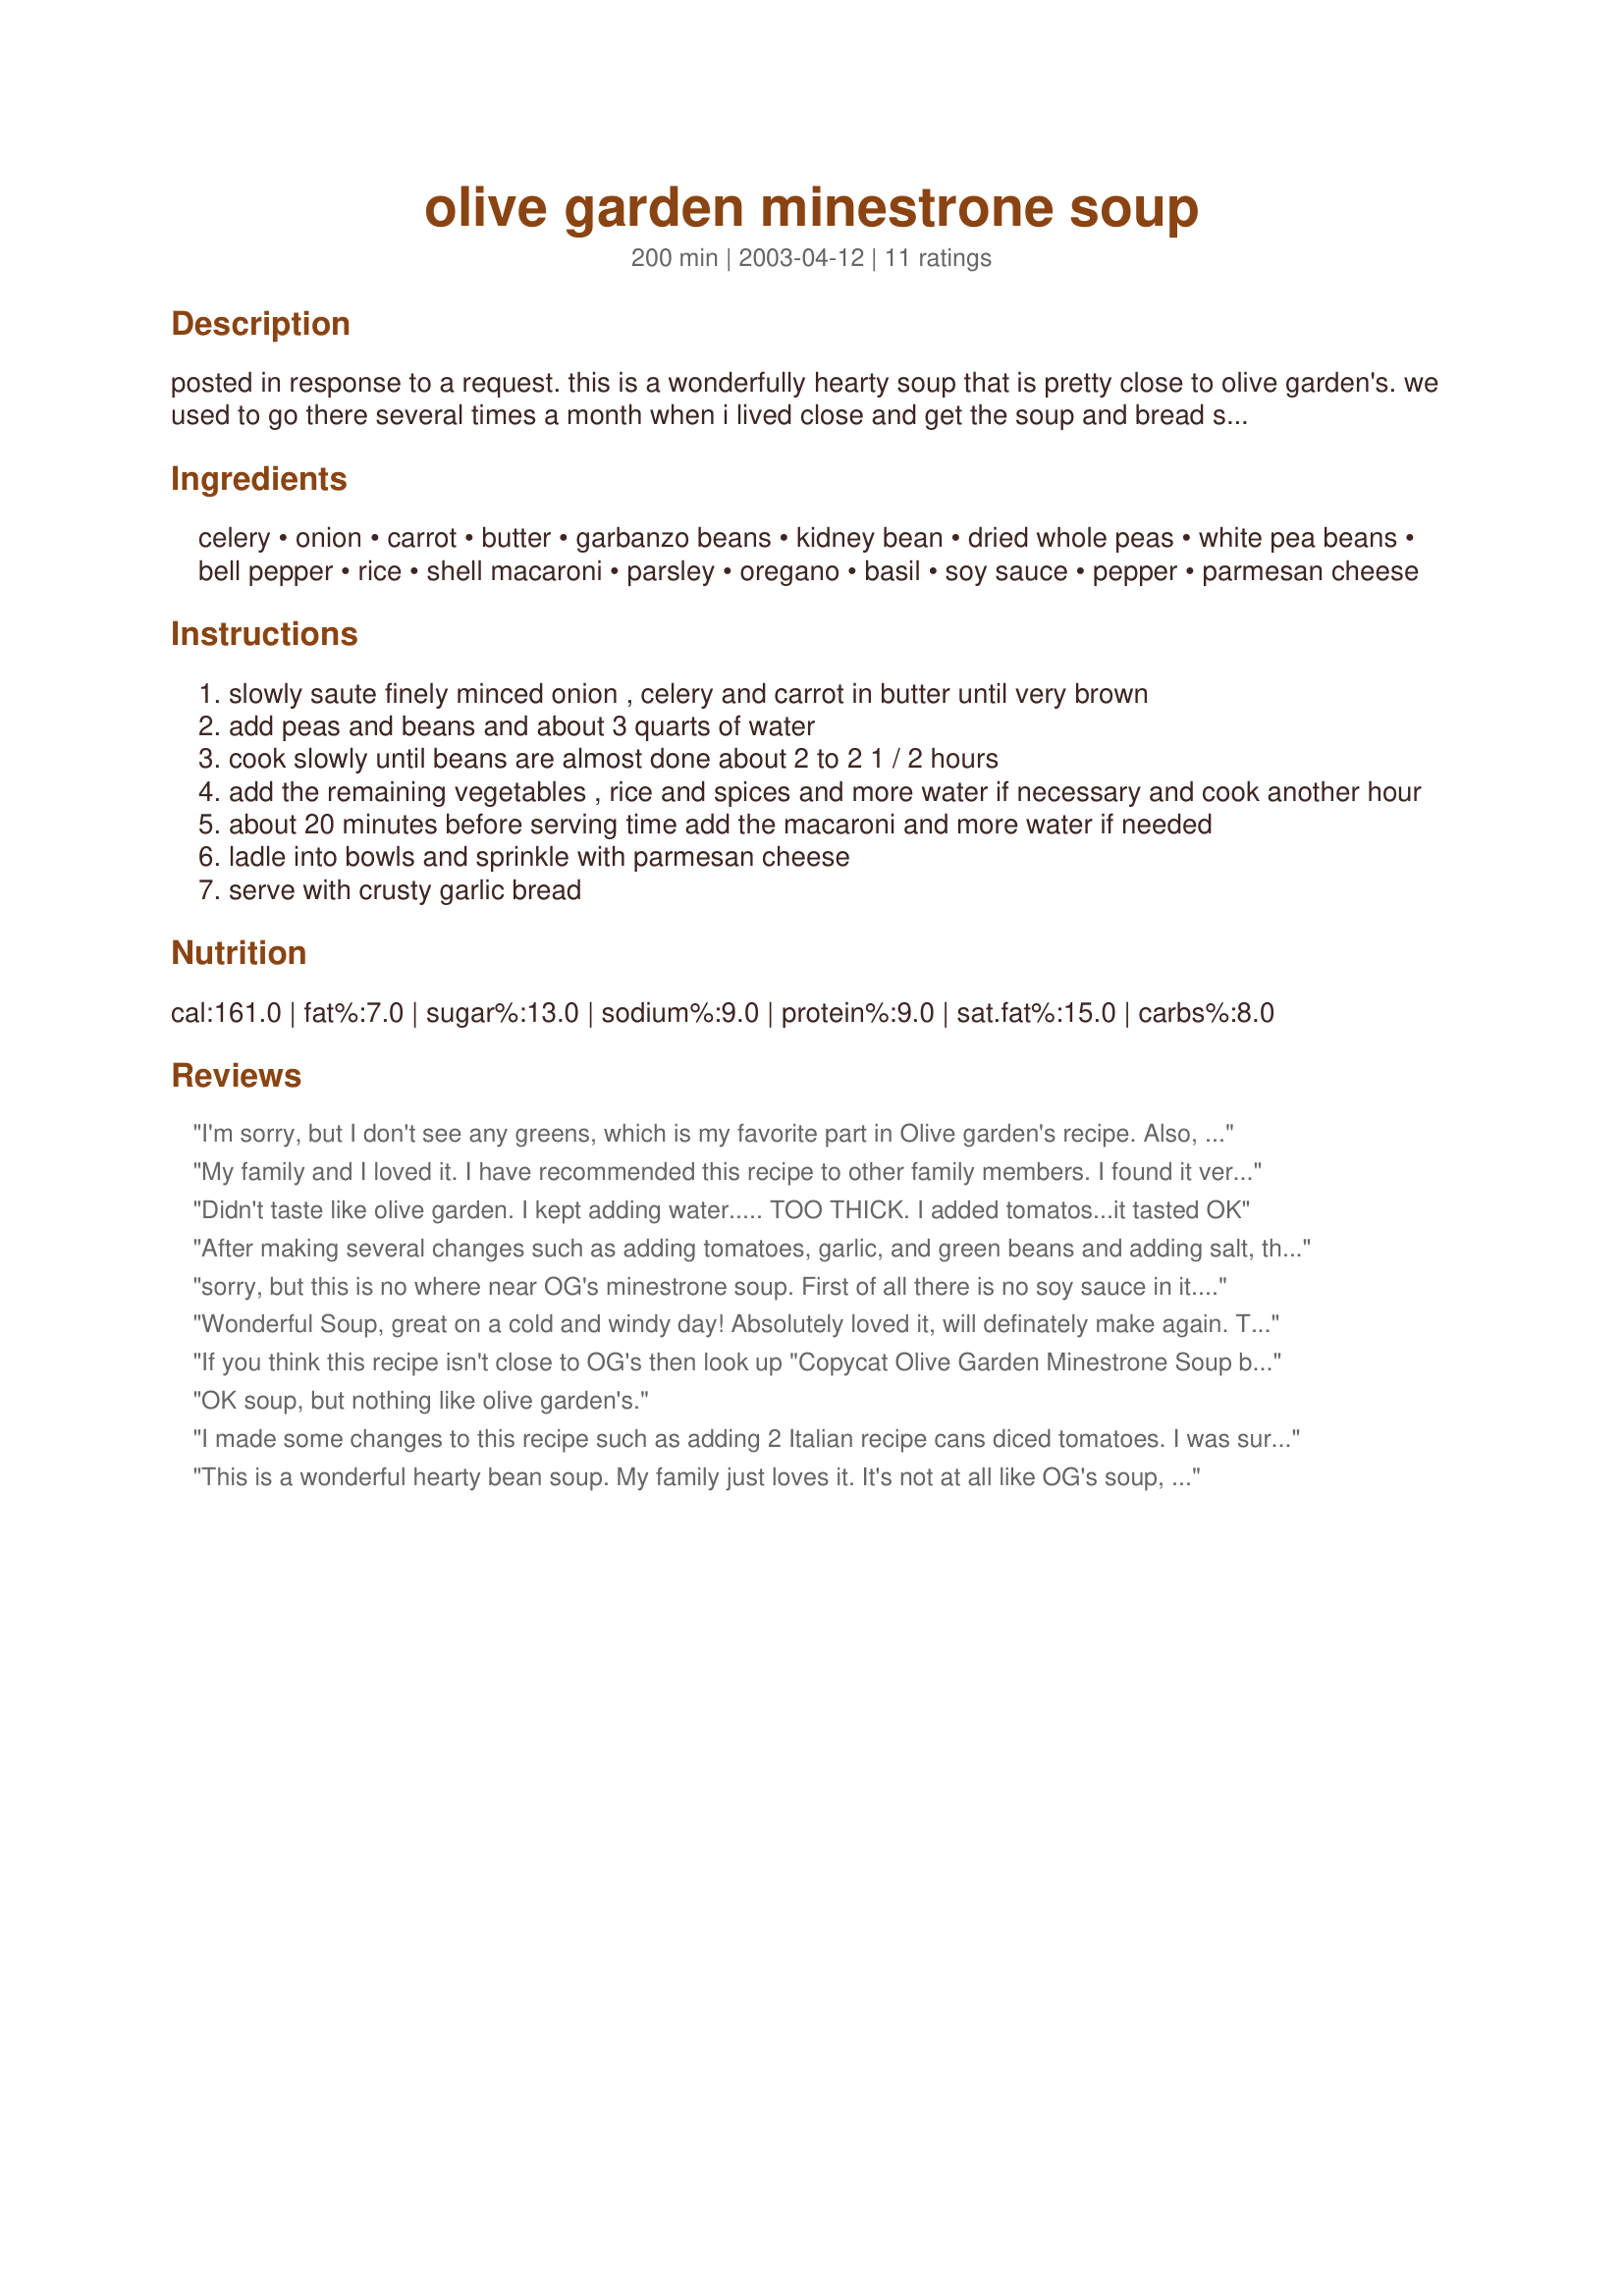
olive garden minestrone soup
Preparation time: 200 minutes

posted in response to a request. this is a wonderfully hearty soup that is pretty close to olive garden's. we used to go there several times a month when i lived close and get the soup and bread sticks. mmmmmm

Ingredients:
celery, onion, carrot, butter, garbanzo beans, kidney bean, dried whole peas, white pea beans, bell pepper, rice, shell macaroni, parsley, oregano, basil, soy sauce, pepper, parmesan cheese

Steps:
slowly saute finely minced onion , celery and carrot in butter until very brown
add peas and beans and about 3 quarts of water
cook slowly until beans are almost done about 2 to 2 1 / 2 hours
add the remaining vegetables , rice and spices and more water if necessary and cook another hour
about 20 minutes before serving time add the macaroni and more water if needed
ladle into bowls and sprinkle with parmesan cheese
serve with crusty garlic bread

Reviews:
I'm sorry, but I don't see any greens, which is my favorite part in Olive garden's recipe. Also, I've never seen any garbanzo beans (chickpeas). This just doesn't sound like it. :( If you think you're close then maybe Olive Garden's vary from restaurant to restaurant?
My family and I loved it. I have recommended this recipe to other family members. 
I found it very cheap to make too. I have leftover beans for another pot or two. I love saving money :0
Didn't taste like olive garden. I kept adding water..... TOO THICK. I added tomatos...it tasted OK
After making several changes such as adding tomatoes, garlic, and green beans and adding salt, the recipe finally came out good. I would recommend starting with vegetable broth instead of water to give it more flavor.
sorry, but this is no where near OG's minestrone soup. First of all there is no soy sauce in it. never has been. no garbanzo beans. just red beans. Not trying to come off as mean. I kinda know the recipe, rather had it, I worked at OG for 4 freakin years and made the soup numerous times, as well as the alfredo sauce, etc. and I do not recall "ever" using soy sauce in the minestrone. unfortunately, I lost my copy kuz of Hurricaine Katrina. also there are greens in it, spinach. but you could use kale if you prefer. 
OG is a chain; their recipes do not vary from restaurasnt to restaurant. 
We had to pull the recipe lout and have it on the counter when we were making anything, no matter how long you worked there, even the kitchen manager(who was a chef and also hd gone to the OG kitchen in Tuscany one summer ) had to pull the recipe card out. so there is continuity of quality at each restaurant you visit. So, if you go to one in Orlando, then go to one in Atlanta, then one in LA, each item on the menu will taste exactly the same. I wish I did still have my booklet of recipes, bkuz I'd share them. once I see one here that looks similar, I'll post to let y'all know which one it is.
Wonderful Soup, great on a cold and windy day! Absolutely loved it, will definately make again. Thanks Tish!
If you think this recipe isn't close to OG's then look up "Copycat Olive Garden Minestrone Soup by Todd Wilbur" on this website. I think it is much closer to the original but Chef #1111125 would be a better judge . . .
OK soup, but nothing like olive garden's.
I made some changes to this recipe such as adding 2 Italian recipe cans diced tomatoes. I was surprised to see that there was no tomatoes and it made this recipe amazing! I also used vegetable broth instead of plain water. I omitted the rice and used canned beans (Chickpeas, light and dark kidney beans, and canned green beans.) I also added 1/2 tsp. thyme and was hesitant to use the soy sauce, but I added it and this has to have been the best minestrone I have ever tasted!
This is a wonderful hearty bean soup. My family just loves it. It's not at all like OG's soup, but it is delicious.
My whole family loved this!!! I don't know what Olive Garden's tastes like, but this was excellent. The only thing I skipped was the rice or barley. My half italian SIL said this was almost as good as her mom's!!
Thank you!
